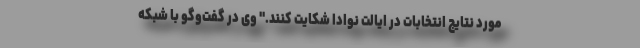
مورد نتایج انتخابات در ایالت نوادا شکایت کنند." وی در گفت‌وگو با شبکه